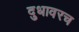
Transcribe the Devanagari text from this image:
दुधावरच